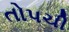
તોપચી